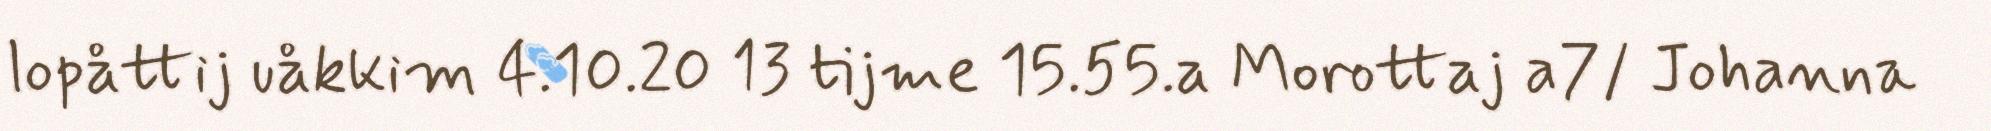
lopåttij uåkkim 4.10.20 13 tijme 15.55.a Morottaj a7/ Johanna